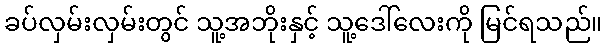
ခပ်လှမ်းလှမ်းတွင် သူ့အဘိုးနှင့် သူ့ဒေါ်လေးကို မြင်ရသည်။